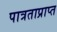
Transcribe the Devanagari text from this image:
पात्रताप्राप्त